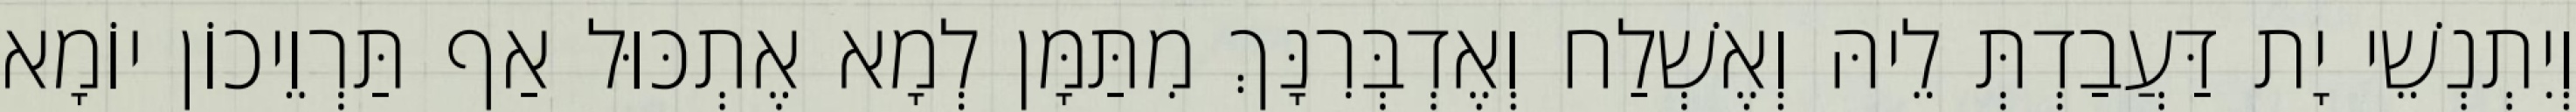
וְיִתְנְשֵׁי יָת דַּעֲבַדְתְּ לֵיהּ וְאֶשְׁלַח וְאֶדְבְּרִנָּךְ מִתַּמָּן לְמָא אֶתְכּוּל אַף תַּרְוֵיכוֹן יוֹמָא